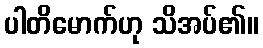
ပါတိမောက်ဟု သိအပ်၏။